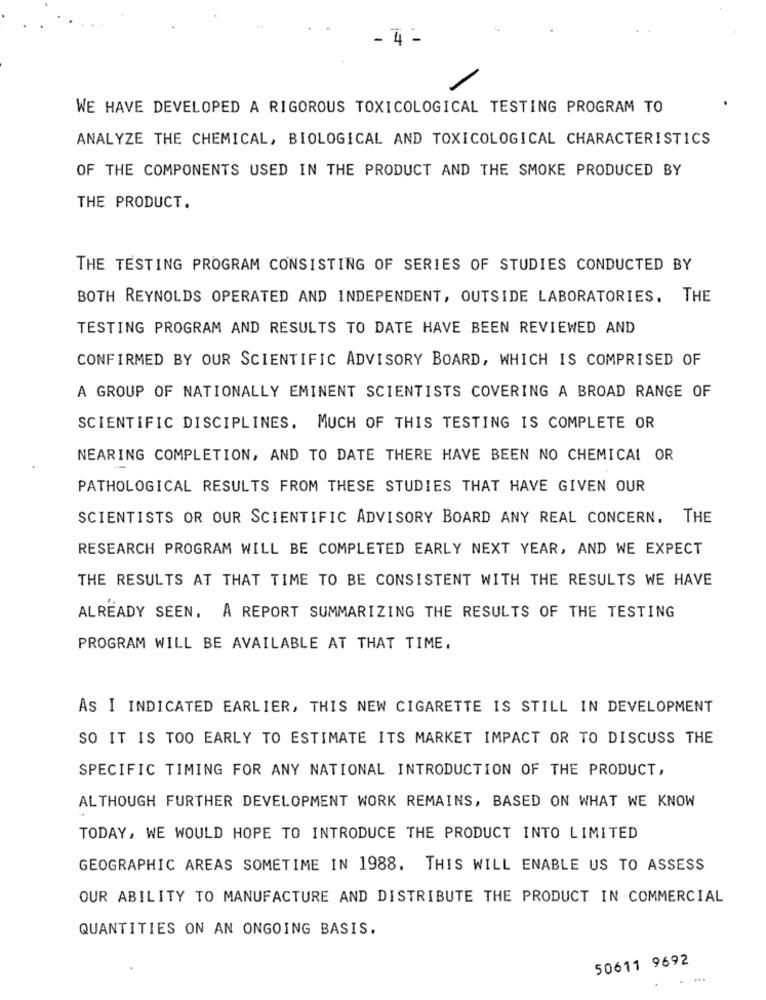
- 4
WE HAVE DEVELOPED A RIGOROUS TOXICOLOGICAL TESTING PROGRAM TO
ANALYZE THE CHEMICAL, BIOLOGICAL AND TOXICOLOGICAL CHARACTERISTICS
OF THE COMPONENTS USED IN THE PRODUCT AND THE SMOKE PRODUCED BY
THE PRODUCT.
THE TESTING PROGRAM CONSISTING OF SERIES OF STUDIES CONDUCTED BY
BOTH REYNOLDS OPERATED AND INDEPENDENT, OUTSIDE LABORATORIES. THE
TESTING PROGRAM AND RESULTS TO DATE HAVE BEEN REVIEWED AND
CONFIRMED BY OUR SCIENTIFIC ADVISORY BOARD, WHICH IS COMPRISED OF
A GROUP OF NATIONALLY EMINENT SCIENTISTS COVERING A BROAD RANGE OF
SCIENTIFIC DISCIPLINES. MUCH OF THIS TESTING IS COMPLETE OR
NEARING COMPLETION, AND TO DATE THERE HAVE BEEN NO CHEMICAL OR
PATHOLOGICAL RESULTS FROM THESE STUDIES THAT HAVE GIVEN OUR
SCIENTISTS OR OUR SCIENTIFIC ADVISORY BOARD ANY REAL CONCERN. THE
RESEARCH PROGRAM WILL BE COMPLETED EARLY NEXT YEAR, AND WE EXPECT
THE RESULTS AT THAT TIME TO BE CONSISTENT WITH THE RESULTS WE HAVE
ALREADY SEEN. A REPORT SUMMARIZING THE RESULTS OF THE TESTING
PROGRAM WILL BE AVAILABLE AT THAT TIME.
AS I INDICATED EARLIER, THIS NEW CIGARETTE IS STILL IN DEVELOPMENT
SO IT IS TOO EARLY TO ESTIMATE ITS MARKET IMPACT OR TO DISCUSS THE
SPECIFIC TIMING FOR ANY NATIONAL INTRODUCTION OF THE PRODUCT,
ALTHOUGH FURTHER DEVELOPMENT WORK REMAINS, BASED ON WHAT WE KNOW
TODAY, WE WOULD HOPE TO INTRODUCE THE PRODUCT INTO LIMITED
GEOGRAPHIC AREAS SOMETIME IN 1988. THIS WILL ENABLE US TO ASSESS
OUR ABILITY TO MANUFACTURE AND DISTRIBUTE THE PRODUCT IN COMMERCIAL
QUANTITIES ON AN ONGOING BASIS.
50611 9692